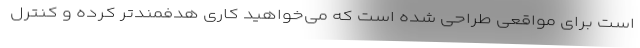
است برای مواقعی طراحی شده است که می‌خواهید کاری هدفمندتر کرده و کنترل